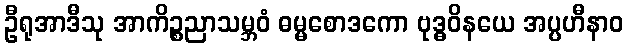
ဦရုအာဒီသု အာကိဉ္စညာသမ္ဘဝံ ဓမ္မစောဒကော ဗုဒ္ဓဝိနယေ အပ္ပဟီနာဝ